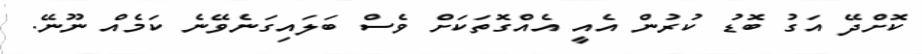
ކޮށްދޭ އަގު ބޮޑު ކުރުން އެއީ އެއްގޮތަކަށް ވެސް ބަލައިގަނެވޭނެ ކަމެއް ނޫނޭ.